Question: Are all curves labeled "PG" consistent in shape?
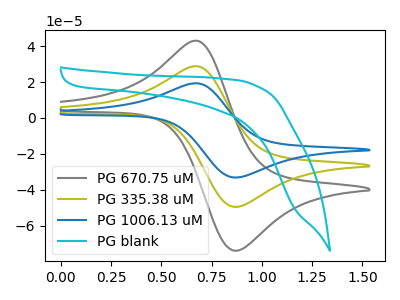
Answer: <think>The gray curve "PG 670.75 uM" has an anodic peak at (0.70V, 42.95uA) and a cathodic peak at (0.85V, -74.10uA). The olive curve "PG 335.38 uM" has an anodic peak at (0.70V, 28.80uA) and a cathodic peak at (0.85V, -49.65uA). The blue curve "PG 1006.13 uM" has an anodic peak at (0.70V, 57.55uA) and a cathodic peak at (0.85V, -99.25uA). The cyan curve "PG blank" has no peaks.
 All the peaks in "PG 670.75 uM" have a peak in "PG 335.38 uM" at the same potential. Every peak in "PG 670.75 uM" is higher than every peak in "PG 335.38 uM". All the peaks in "PG 670.75 uM" have a peak in "PG 1006.13 uM" at the same potential. Every peak in "PG 670.75 uM" is lower than every peak in "PG 1006.13 uM". "PG 670.75 uM" and "PG blank" have a different number of peaks. All the peaks in "PG 335.38 uM" have a peak in "PG 1006.13 uM" at the same potential. Every peak in "PG 335.38 uM" is lower than every peak in "PG 1006.13 uM". "PG 335.38 uM" and "PG blank" have a different number of peaks. "PG 1006.13 uM" and "PG blank" have a different number of peaks.</think>
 <answer>All the CV's of "PG" have similar shape.</answer>
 <eval>follow_rule</eval>